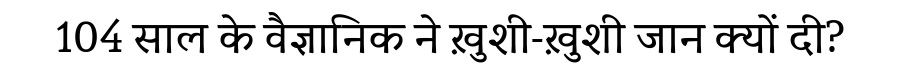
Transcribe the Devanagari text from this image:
104 साल के वैज्ञानिक ने ख़ुशी-ख़ुशी जान क्यों दी?